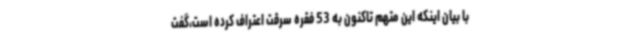
با بیان اینکه این متهم تاکنون به 53 فقره سرقت اعتراف کرده است،گفت